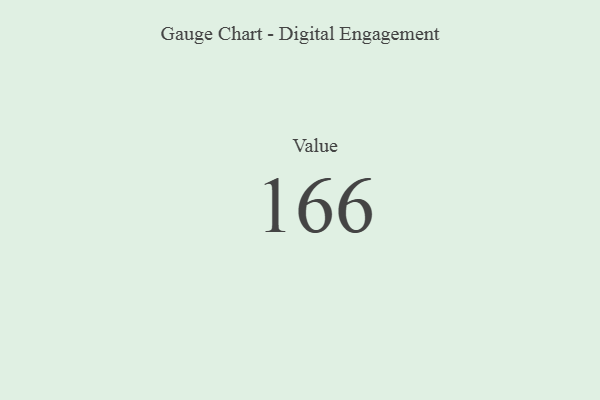
{"axis": {"x": "Metric", "y": "Value"}, "legend": [""], "data": [{"x": "Value", "y": 166, "type": ""}]}